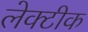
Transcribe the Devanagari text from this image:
लेक्टीक